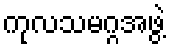
ကုလသမဂ္ဂအဖွဲ့